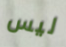
ليس